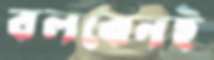
বলবেনই